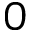
0